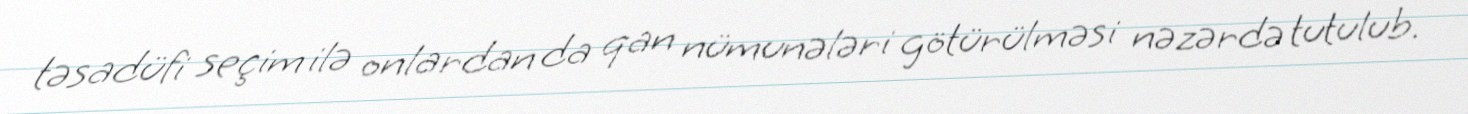
təsadüfi seçim ilə onlardan da qan nümunələri götürülməsi nəzərdə tutulub.